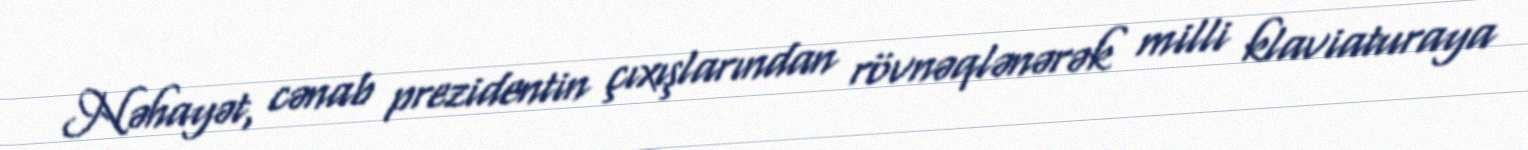
Nəhayət, cənab prezidentin çıxışlarından rövnəqlənərək milli klaviaturaya